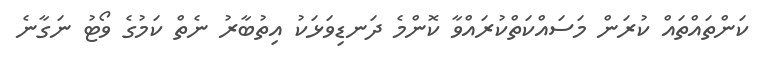
ކަންތައްތައް ކުރަން މަސައްކަތްކުރައްވާ ކޮންމެ ދަނޑިވަޅަކު އިތުބާރު ނެތް ކަމުގެ ވޯޓު ނަގާނެ